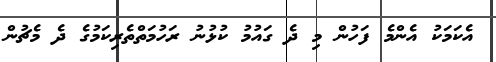
އެކަމަކު އެންމެ ފަހުން މި ދެ ގައުމު ކުޅުނު ރަހުމަތްތެރިކަމުގެ ދެ މެޗުން